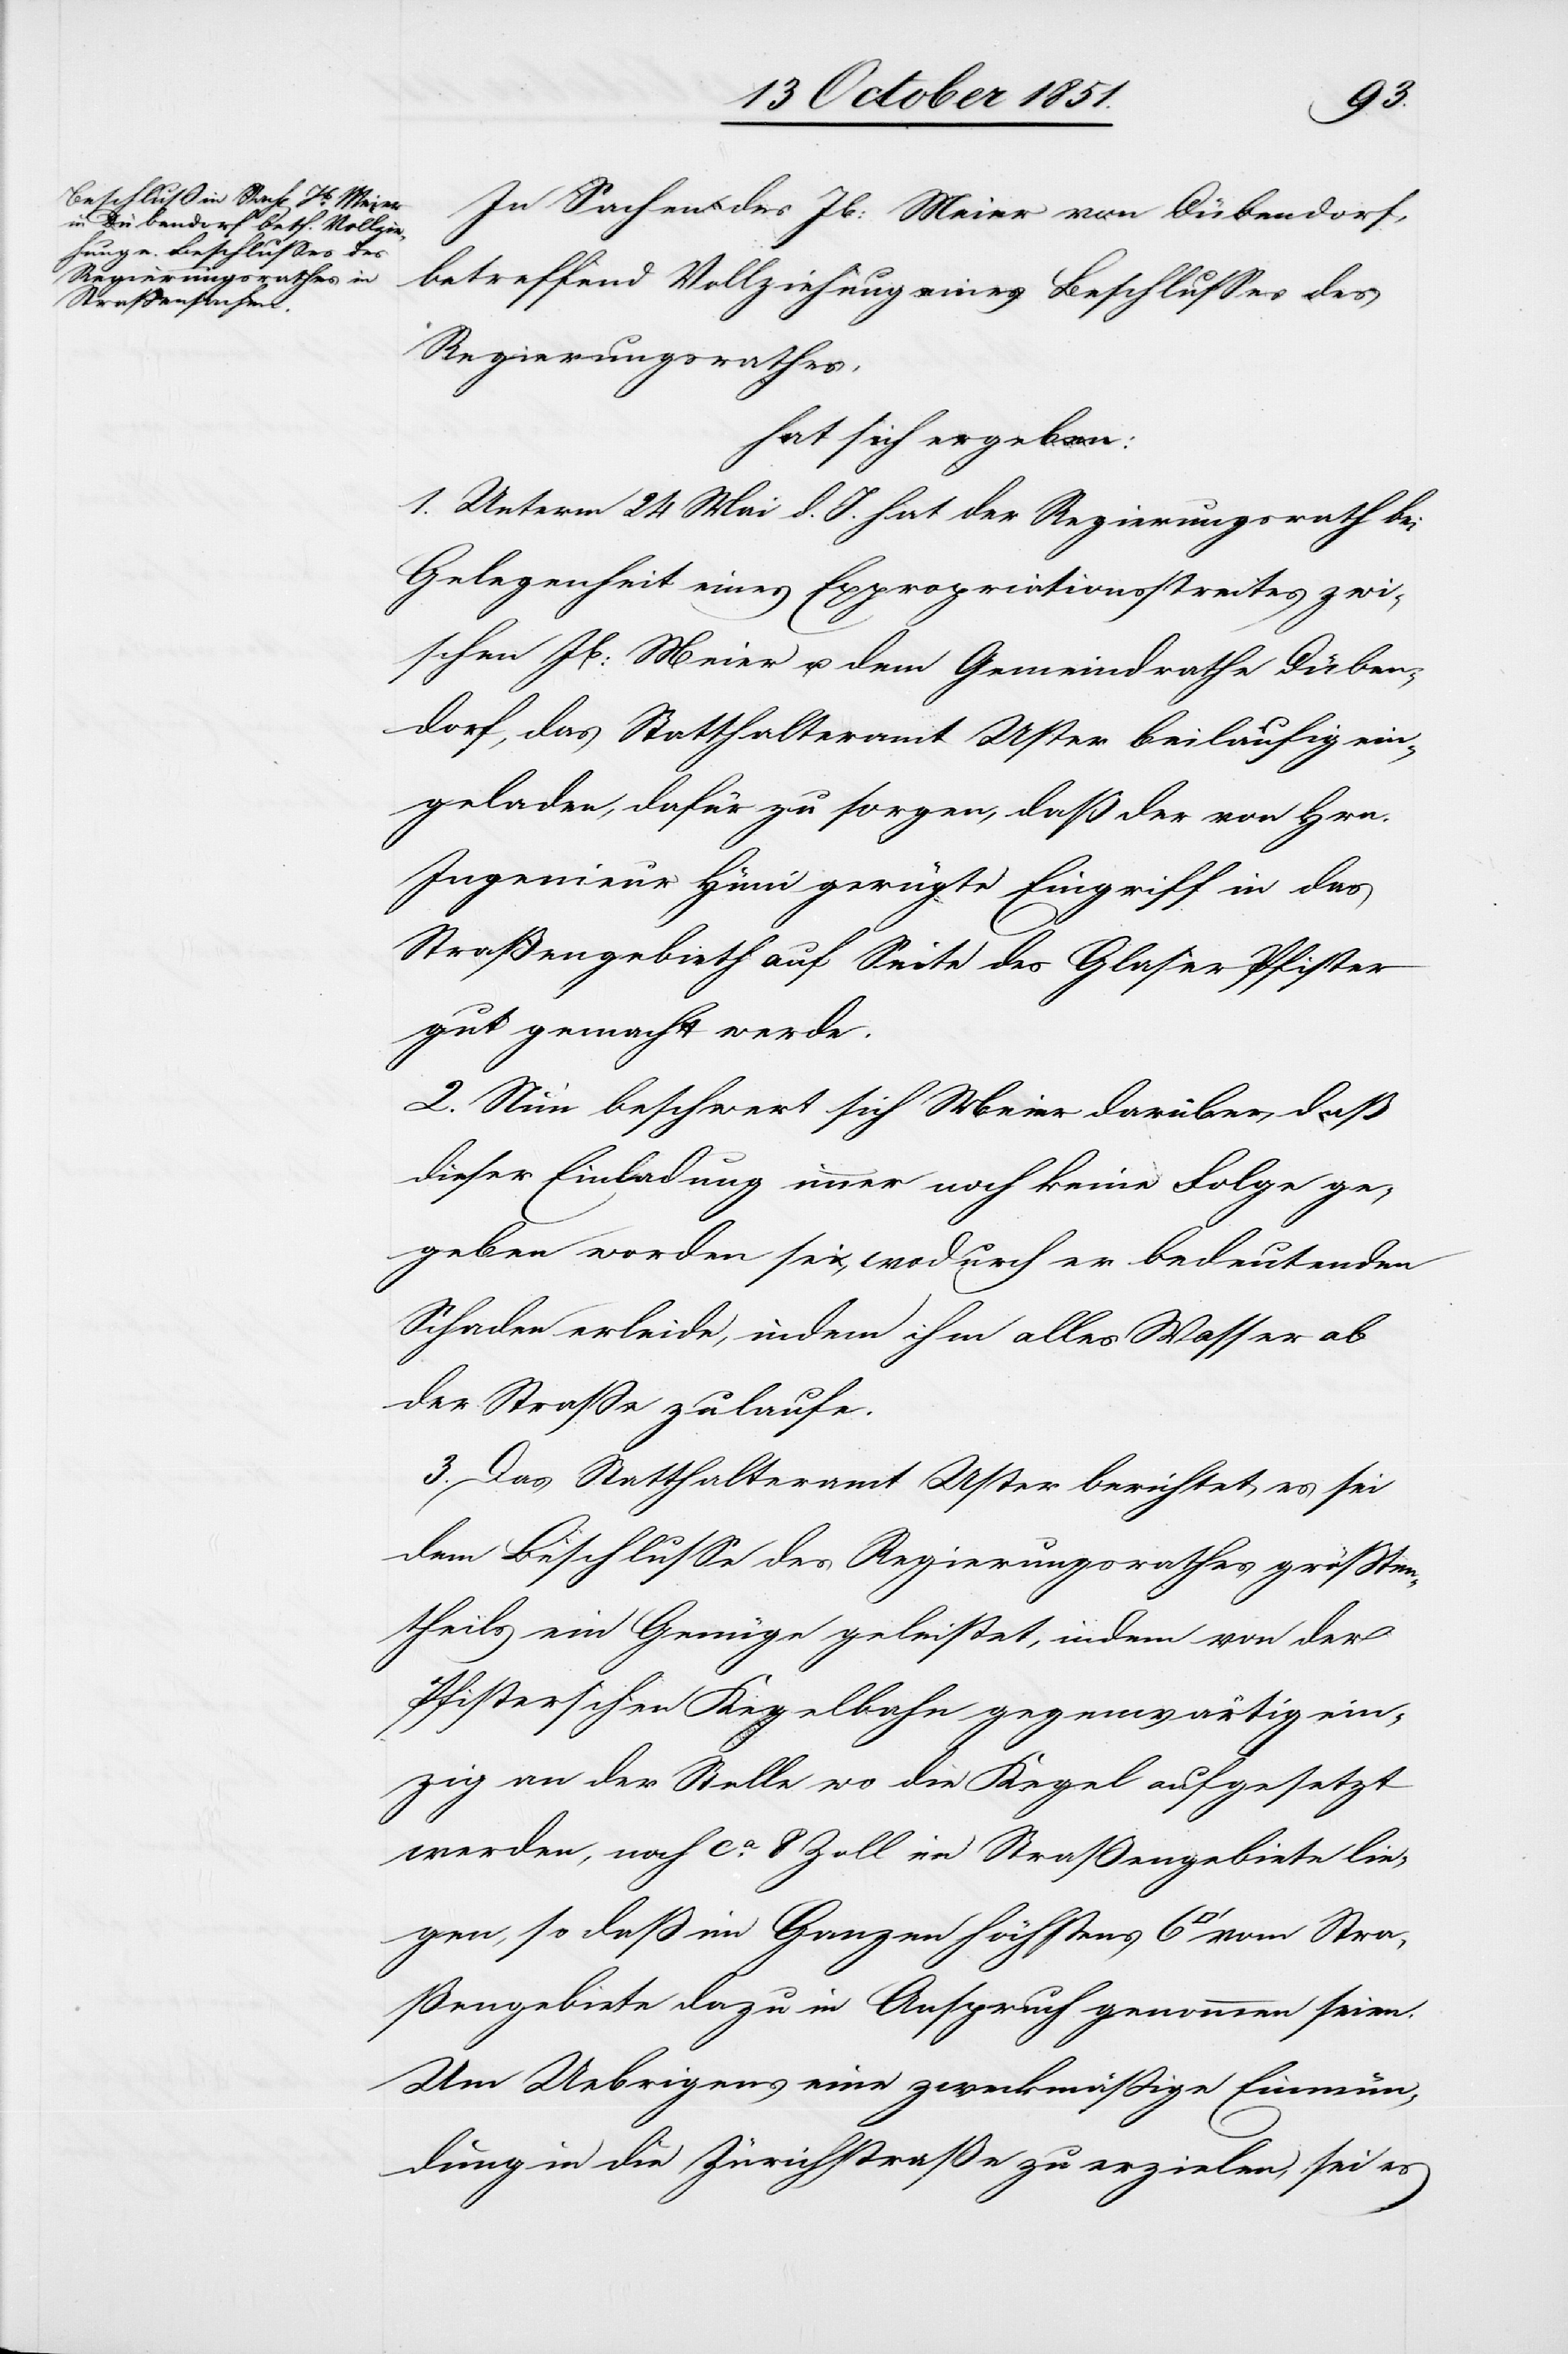
Stra¬
In Sachen des Jb: Meier von Dübendorf,
betreffend Vollziehung eines Beschlusses des
Regierungsrathes,
hat sich ergeben:
1. Unterm 24 Mai d. J. hat der Regierungsrath bei
Gelegenheit eines Expropriationsstreites zwi¬
schen Jb: Meier u. dem Gemeindrathe Düben¬
dorf, das Statthalteramt Uster beiläufig ein¬
geladen, dafür zu sorgen, daß der von Hrn.
Ingenieur Hüni gerügte Eingriff in das
Straßengebieth auf Seite des Glaser Pfister
gut gemacht werde.
2. Nun beschwert sich Meier darüber, daß
dieser Einladung immer noch keine Folge ge¬
geben worden sei, wodurch er bedeutenden
Schaden erleide, indem ihm alles Wasser ab
der Straße zulaufe.
3. Das Statthalteramt Uster berichtet, es sei
dem Beschlusse des Regierungsrathes größten¬
theils ein Genüge geleistet, indem von der
Pfisterschen Kegelbahn gegenwärtig ein¬
zig an der Stelle wo die Kegel aufgesetzt
werden, noch ca. 8 Zoll im Straßengebiete lie¬
gen, so daß im Ganzen höchstens 6 [Quadratfuß]
ßengebiete dazu in Anspruch genommen seien.
Um Uebrigens eine zweckmäßige Einmün¬
dung in die Zürichstraße zu erzielen, sei es